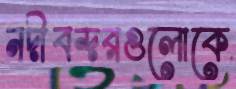
নদীবন্দরগুলোকে